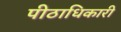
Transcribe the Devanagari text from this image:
पीठाधिकारी